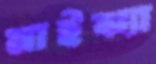
মাইঝ্যা